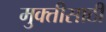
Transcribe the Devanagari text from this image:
मुक्तीसाठीं